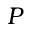
P